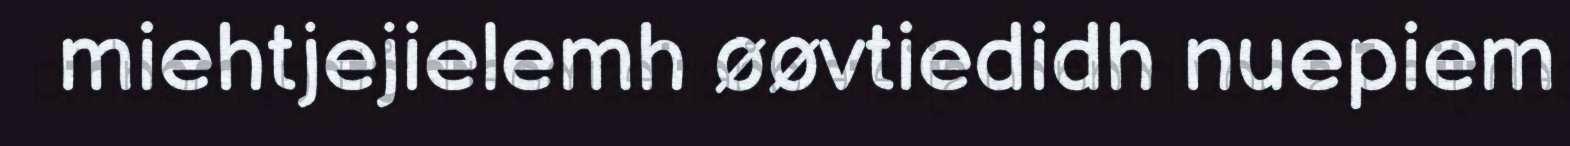
miehtjejielemh øøvtiedidh nuepiem